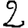
Digit: 2